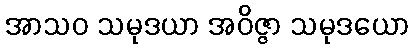
အာသဝ သမုဒယာ အဝိဇ္ဇာ သမုဒယော